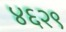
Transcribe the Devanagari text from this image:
४६२९